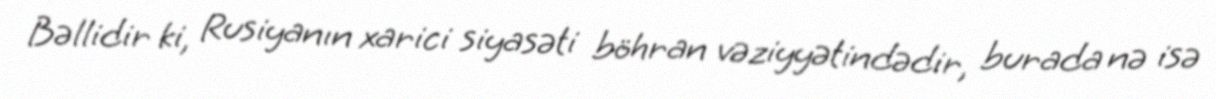
Bəllidir ki, Rusiyanın xarici siyasəti böhran vəziyyətindədir, burada nə isə